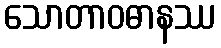
သောတာဝဓာနဿ